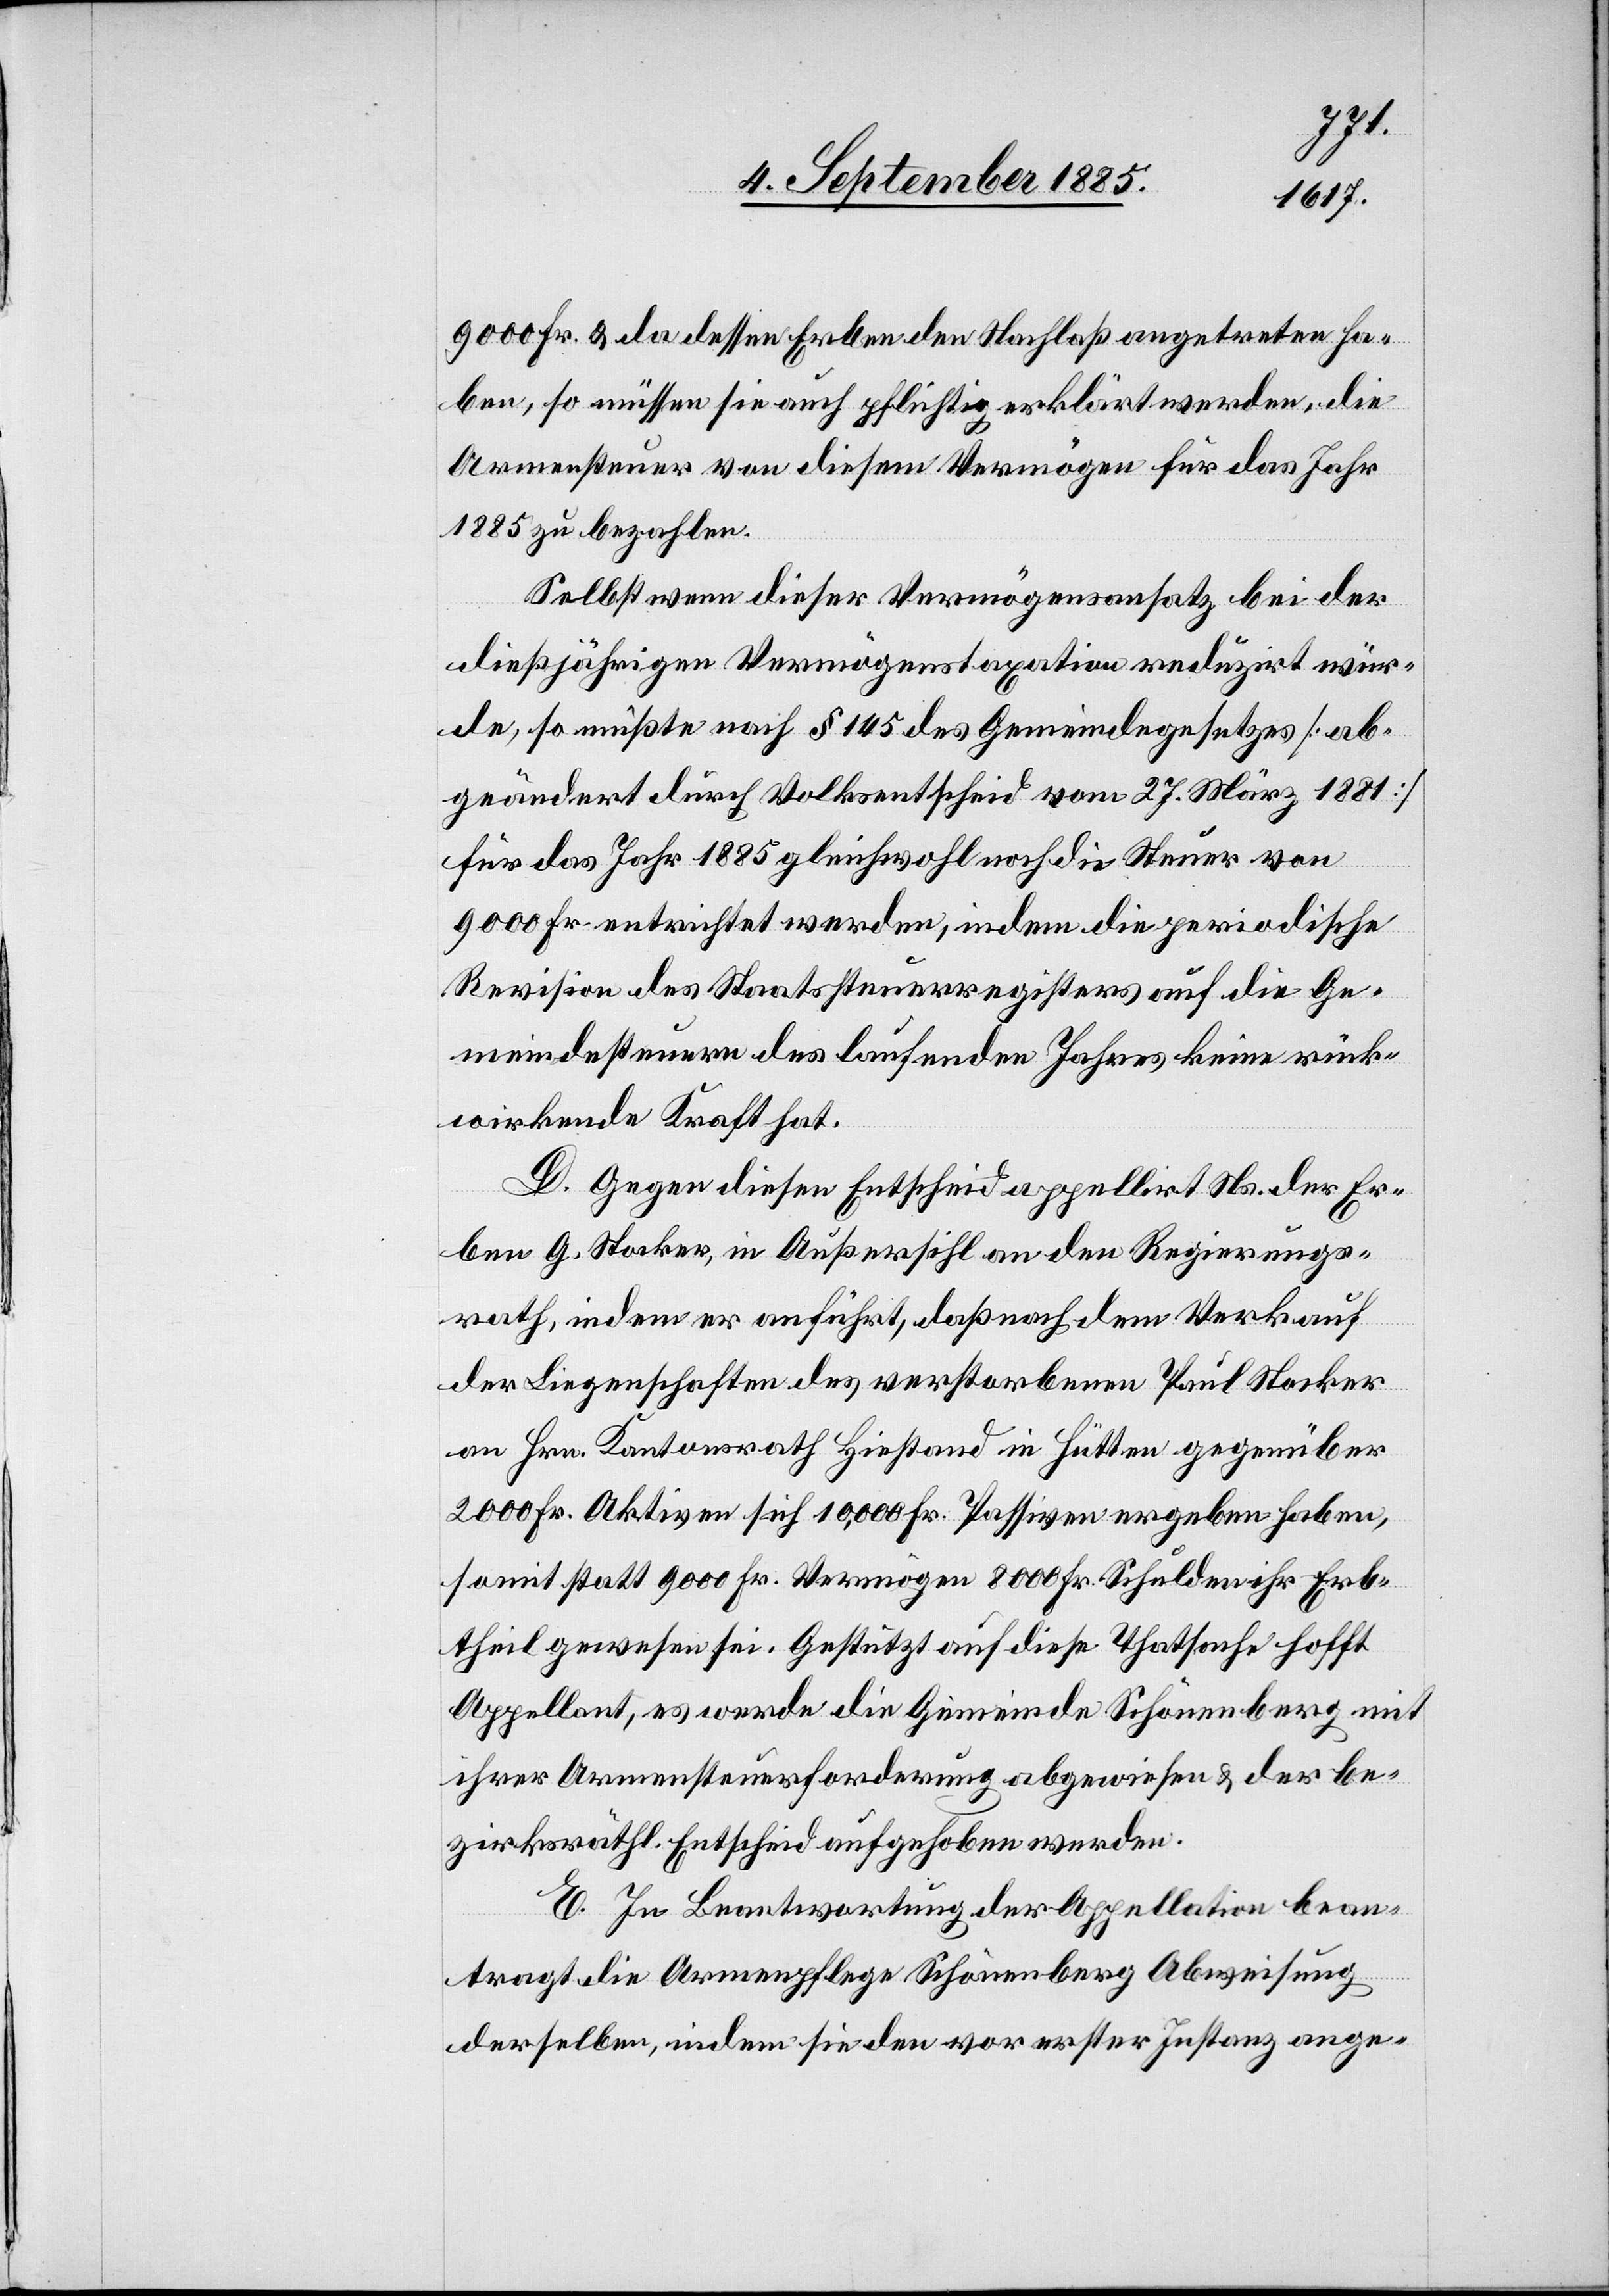
9000 Fr. & da dessen Erben den Nachlaß angetreten ha¬
ben, so müssen sie auch pflichtig erklärt werden, die
Armensteuer von diesem Vermögen für das Jahr
1885 zu bezahlen.
Selbst wenn dieser Vermögensansatz bei der
dießjährigen Vermögenstaxation reduzirt wür¬
de, so müßte nach § 145 des Gemeindegesetzes [ab¬
geändert durch Volksentscheid vom 27. März 1881]
für das Jahr 1885 gleichwohl die Steuer von
9000 Fr. entrichtet werden, indem die periodische
Revision des Staatssteuerregisters auf die Ge¬
meindesteuern des laufenden Jahres keine rück¬
wirkende Kraft hat.
D. Gegen diesen Entscheid appellirt Ns. der Er¬
ben G. Stocker, in Außersihl an den Regierungs¬
rath, indem er anführt, daß nach dem Verkauf
der Liegenschaften des verstorbenen Paul Stocker
an Hrn. Kantonsrath Hiestand in Hütten gegenüber
2000 Fr. Aktiven sich 10,000 Fr. Passiven ergeben haben,
somit statt 9000 Fr. Vermögen 8000 Fr. Schulden ihr Erb¬
theil gewesen sei. Gestützt auf diese Thatsache hofft
Appellant, es werde die Gemeinde Schönenberg mit
ihrer Armensteuerforderung abgewiesen & der be¬
zirksräthl. Entscheid aufgehoben werden.
E. In Beantwortung der Appellation bean¬
tragt die Armenpflege Schönenberg Abweisung
derselben, indem sie den vor erster Instanz ange-